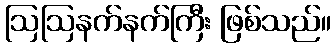
ဩဩနက်နက်ကြီး ဖြစ်သည်။